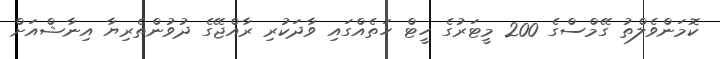
ކޮމަންވެލްތު ގޭމްސްގެ 200 މީޓަރުގެ ހީޓް ހަތެއްގައި ވާދަކުރި ރާއްޖޭގެ ދުވުންތެރިޔާ އިނާޝްއަށް